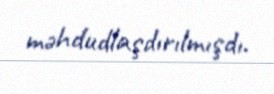
məhdudlaşdırılmışdı.